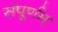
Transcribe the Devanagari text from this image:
संपूर्णम्‌